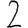
Digit: 2